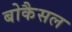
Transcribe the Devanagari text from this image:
बोकैसल